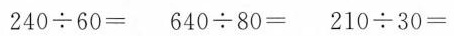
$$2 4 0 \div 6 0 =$$ $$6 4 0 \div 8 0 =$$ $$2 1 0 \div 3 0 =$$